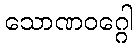
သောဏဝဂ္ဂေါ